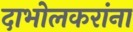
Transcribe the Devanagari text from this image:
दाभोलकरांना